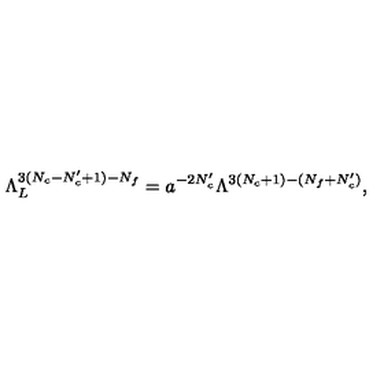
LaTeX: \Lambda _ { L } ^ { 3 ( N _ { c } - N _ { c } ^ { \prime } + 1 ) - N _ { f } } = a ^ { - 2 N _ { c } ^ { \prime } } \Lambda ^ { 3 ( N _ { c } + 1 ) - ( N _ { f } + N _ { c } ^ { \prime } ) } ,